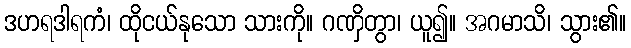
ဒဟရဒါရကံ၊ ထိုငယ်နုသော သားကို။ ဂဏှိတွာ၊ ယူ၍။ အဂမာသိ၊ သွား၏။